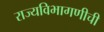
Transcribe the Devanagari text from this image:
राज्यविभागणीची